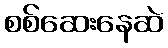
စစ်ဆေးနေဆဲ